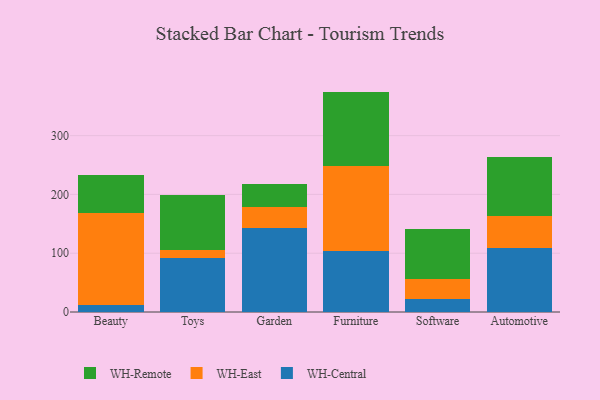
{"axis": {"x": "Category", "y": "Headcount"}, "legend": ["WH-Central", "WH-East", "WH-Remote"], "data": [{"x": "Beauty", "y": 12.5, "type": "WH-Central"}, {"x": "Beauty", "y": 155.8, "type": "WH-East"}, {"x": "Beauty", "y": 64.3, "type": "WH-Remote"}, {"x": "Toys", "y": 91.3, "type": "WH-Central"}, {"x": "Toys", "y": 14.2, "type": "WH-East"}, {"x": "Toys", "y": 94.0, "type": "WH-Remote"}, {"x": "Garden", "y": 143.3, "type": "WH-Central"}, {"x": "Garden", "y": 35.3, "type": "WH-East"}, {"x": "Garden", "y": 38.3, "type": "WH-Remote"}, {"x": "Furniture", "y": 103.8, "type": "WH-Central"}, {"x": "Furniture", "y": 145.1, "type": "WH-East"}, {"x": "Furniture", "y": 126.0, "type": "WH-Remote"}, {"x": "Software", "y": 21.6, "type": "WH-Central"}, {"x": "Software", "y": 34.9, "type": "WH-East"}, {"x": "Software", "y": 84.1, "type": "WH-Remote"}, {"x": "Automotive", "y": 109.7, "type": "WH-Central"}, {"x": "Automotive", "y": 53.1, "type": "WH-East"}, {"x": "Automotive", "y": 101.5, "type": "WH-Remote"}]}